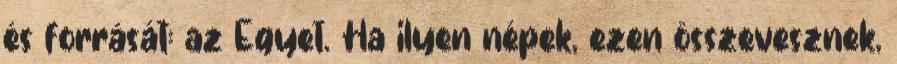
és forrását: az Egyet. Ha ilyen népek, ezen összevesznek,